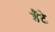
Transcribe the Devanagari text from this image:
डैंटे